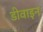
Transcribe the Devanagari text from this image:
डीवाइन